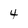
Character: 4